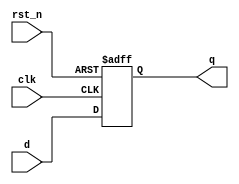


module sm_register_c
#(
    parameter WIDTH = 1
)
(
    input                        clk,
    input                        rst_n,
    input      [ WIDTH - 1 : 0 ] d,
    output reg [ WIDTH - 1 : 0 ] q
);
    localparam RESET = { WIDTH { 1'b0 } };

    always @ (posedge clk or negedge rst_n)
        if(~rst_n)
            q <= RESET;
        else
            q <= d;
endmodule


module sm_register_we
#(
    parameter WIDTH = 1
)
(
    input                        clk,
    input                        rst_n,
    input                        we,
    input      [ WIDTH - 1 : 0 ] d,
    output reg [ WIDTH - 1 : 0 ] q
);
    localparam RESET = { WIDTH { 1'b0 } };
    
    always @ (posedge clk or negedge rst_n)
        if(~rst_n)
            q <= RESET;
        else
            if(we) q <= d;
endmodule